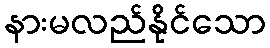
နားမလည်နိုင်သော